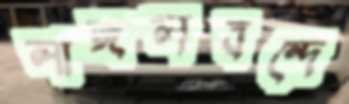
লাঙ্গলবন্দে